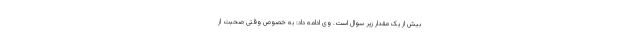
بیش از یک مقدار زیر سوال است. وی ادامه داد: به خصوص وقتی صحبت از